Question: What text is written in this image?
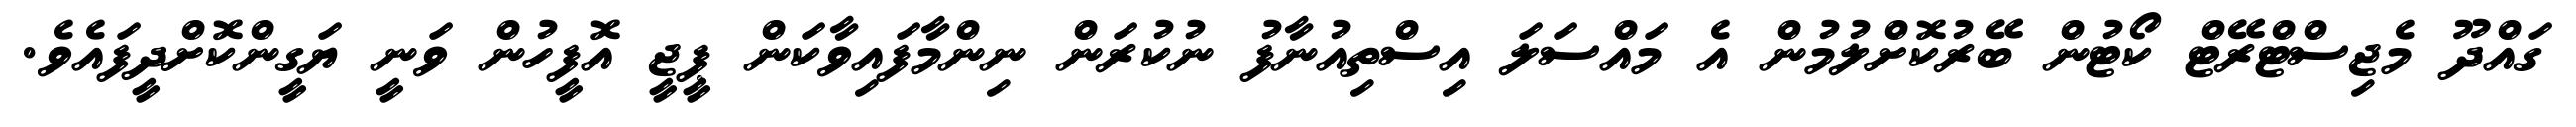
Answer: ގައްދޫ މެޖިސްޓްރޭޓް ކޯޓުން ބޭރުކޮށްލުމުން އެ މައްސަލަ އިސްތިއުނާފު ނުކުރަން ނިންމާފައިވާކަން ޕީޖީ އޮފީހުން ވަނީ ޔަގީންކޮށްދީފައެވެ.